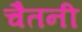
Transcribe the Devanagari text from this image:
चैतनी